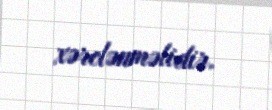
xərclənməlidir.